Report of the Indian Hemp Drugs Commission, 1894-1895 - Volume VI
Year: 1894
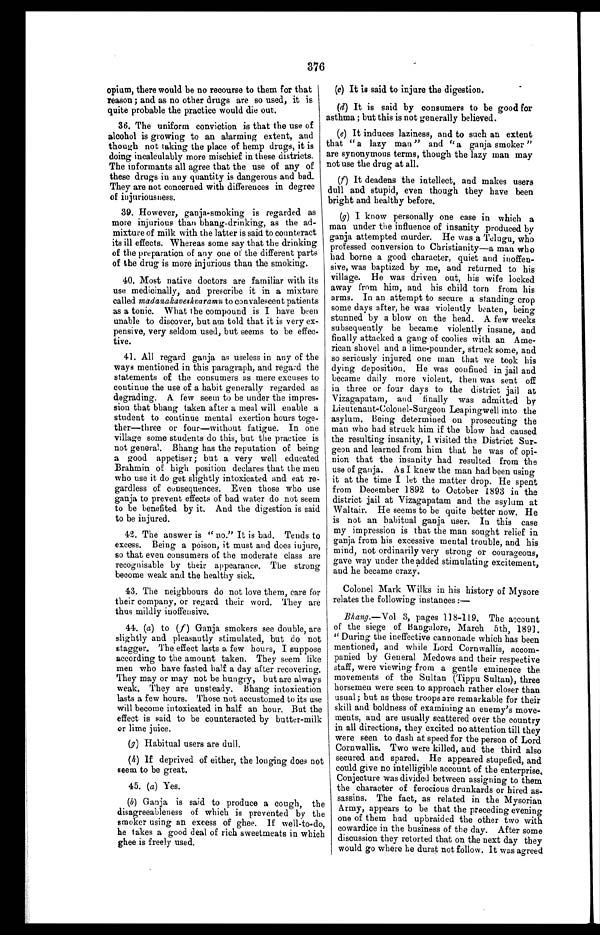
376
opium, there would be no recourse to them for that
reason ; and as no other drugs are so used, it is
quite probable the practice would die out.
36. The uniform conviction is that the use of
alcohol is growing to an alarming extent, and
though not taking the place of hemp drugs, it is
doing incalculably more mischief in these districts.
The informants all agree that the use of any of
these drugs in any quantity is dangerous and bad.
They are not concerned with differences in degree
of injuriousness.
(c)
(c) It is said to injure the digestion.
(d)
It is said by consumers to be good for
asthma ; but this is not generally believed.
(e)
It induces laziness, and to such an extent
that "a lazy man " and "a ganja smoker "
are synonymous terms, though the lazy man may
not use the drug at all.
(f)
It deadens the intellect, and makes users
dull and stupid, even though they have been
bright and healthy before.
39. However, ganja-smoking is regarded as
more injurious than bhang-drinking, as the ad-
mixture of milk with the latter is said to counteract
its ill effects. Whereas some say that the drinking
of the preparation of any one of the different parts
of the drug is more injurious than the smoking.
40. Most native doctors are familiar with its
use medicinally, and prescribe it in a mixture
called madanakaveshvaramu to convalescent patients
as a tonic. What the compound is I have been
unable to discover, but am told that it is very ex-
pensive, very seldom used, but seems to be effec-
tive.
41. All regard ganja as useless in any of the
ways mentioned in this paragraph, and rega rd the
statements of the consumers as mere excuses to
continue the use of a habit generally regarded as
degrading. A few seem to be under the impres-
sion that bhang taken after a meal will enable a
student to continue mental exertion hours toge-
ther—three or four—without fatigue. In one
village some students do this, but the practice is
not general. Bhang has the reputation of being
a good appetiser ; but a very well educated
Brahmin of high position declares that the men
who use it do get slightly intoxicated and eat re-
gardless of consequences. Even those who use
ganja to prevent effects of bad water do not seem
to be benefited by it. And the digestion is said
to be injured.
42. The answer is " no." It is bad. Tends to
excess. Being a poison, it must and does injure,
so that even consumers of the moderate class are
recognisable by their appearance. The strong
become weak and the healthy sick.
43. The neighbours do not love them, care for
their company, or regard their word. They are
thus mildly inoffensive.
44. (a) to (f ) Ganja smokers see double, are
slightly and pleasantly stimulated, but do not
stagger. The effect lasts a few hours, I suppose
according to the amount taken. They seem like
men who have fasted half a day after recovering.
They may or may not be hungry, but are always
weak. They are unsteady. Bhang intoxication
lasts a few hours. Those not accustomed to its use
will become intoxicated in half an hour. But the
effect is said to be counteracted by butter-milk
or lime juice.
(g) Habitual users are dull.
(h) If deprived of either, the longing does not
seem to be great.
(g) I know personally one case in which a
man under the influence of insanity produced by
ganja attempted murder. He was a Telugu, who
professed conversion to Christianity—a man who
had borne a good character, quiet and inoffen-
sive, was baptized by me, and returned to his
village. He was driven out, his wife locked
away from him, and his child torn from his
arms. In an attempt to secure a standing crop
some days after, he was violently beaten, being
stunned by a blow on the head. A few weeks
subsequently he became violently insane, and
finally attacked a gang of coolies with an Ame-
rican shovel and a lime-pounder, struck some, and
so seriously injured one man that we took his
dying deposition. He was confined in jail and
became daily more violent, then was sent off
in three or four days to the district jail at
Vizagapatam, and finally was admitted by
Lieutenant-Colonel-Surgeon Leapingwell into the
asylum. Being determined on prosecuting the
man who had struck him if the blow had caused
the resulting insanity, I visited the District Sur-
geon and learned from him that he was of opi-
nion that the insanity had resulted from the
use of ganja. As I knew the man had been using
it at the time I let the matter drop. He spent
from December 1892 to October 1893 in the
district jail at Vizagapatam and the asylum at
Waltair. He seems to be quite better now. He
is not an habitual ganja user. In this case
my impression is that the man sought relief in
ganja from his excessive mental trouble, and his
mind, not ordinarily very strong or courageous,
gave way under the added stimulating excitement,
and he became crazy.
Colonel Mark Wilks in his history of Mysore
relates the following instances :—
Bhang .—Vol 3, pages 118-119. The account
of the siege of Bangalore, March 5th, 1891.
" During the ineffective cannonade which has been
mentioned, and while Lord Cornwallis, accom-
panied by General Medows and their respective
staff, were viewing from a gentle eminence the
movements of the Sultan (Tippu Sultan), three
horsemen were seen to approach rather closer than
usual; but as these troops are remarkable for their
skill and boldness of examining an enemy's move-
ments, and are usually scattered over the country
in all directions, they excited no attention till they
were seen to dash at speed for the person of Lord
Cornwallis. Two were killed, and the third also
secured and spared. He appeared stupefied, and
could give no intelligible account of the enterprise.
Conjecture was divided between assigning to them
the character of ferocious drunkards or hired as-
sassins. The fact, as related in the Mysorian
Army, appears to be that the preceding evening
one of them had upbraided the other two with
cowardice in the business of the day. After some
discussion they retorted that on the next day they
would go where he durst not follow. It was agreed
45. ( a) Yes.
(b ) Ganja is said to produce a cough, the
disagreeableness of which is prevented by the
smoker using an excess of ghee. If well-to-do,
he takes a good deal of rich sweetmeats in which
ghee is freely used.